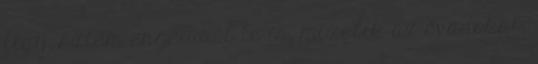
figy, sztem engedd el te is, mixelik az évadokat,